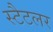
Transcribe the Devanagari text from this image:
स्टैटलर